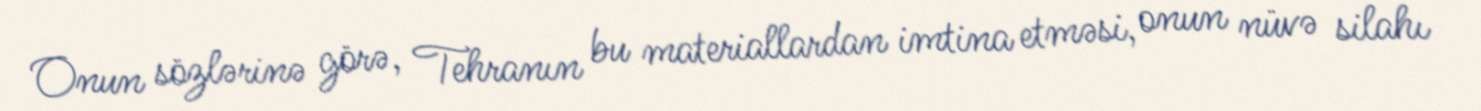
Onun sözlərinə görə, Tehranın bu materiallardan imtina etməsi, onun nüvə silahı